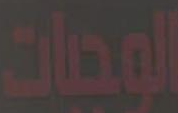
الوجبات